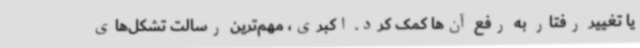
یا تغییر رفتار به رفع آن‌ها کمک کرد. اکبری، مهم‌ترین رسالت تشکل‌های